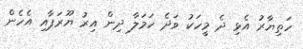
ހަތިޔާރު އެޅި ދެ މީހަކު ވަދެ ހަމަލާ ދިން އިރު ޔޫރަޕާއި އެހެން